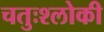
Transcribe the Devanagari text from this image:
चतुःश्लोकी